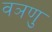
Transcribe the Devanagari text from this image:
वञणु